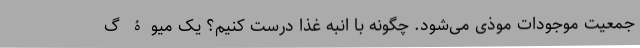
جمعیت موجودات موذی می‌شود. چگونه با انبه غذا درست کنیم؟ یک میوۀ گ